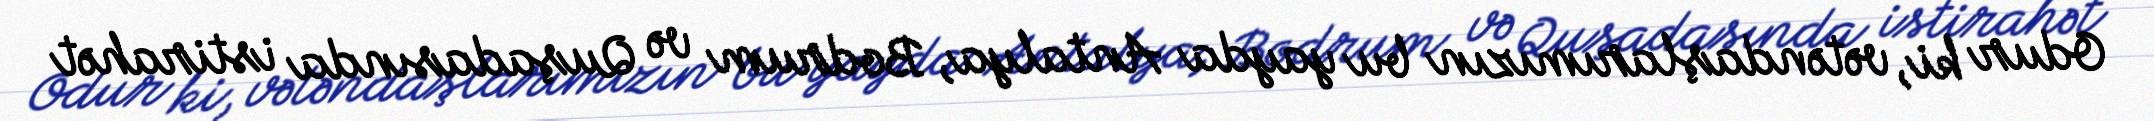
Odur ki, vətəndaşlarımızın bu yayda Antalya, Bodrum və Quşadasında istirahət